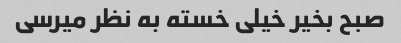
صبح بخیر خیلی خسته به نظر میرسی